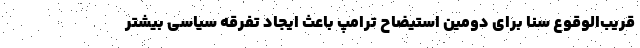
قریب‌الوقوع سنا برای دومین استیضاح ترامپ باعث ایجاد تفرقه سیاسی بیشتر